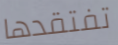
تفتقدها